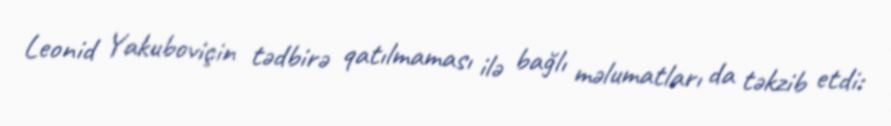
Leonid Yakuboviçin tədbirə qatılmaması ilə bağlı məlumatları da təkzib etdi: